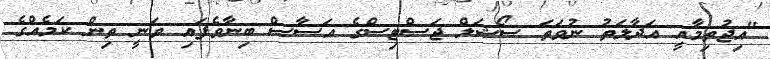
"އިޖުތިމާއީ އަދާލަތު ނުވަތަ ސޯޝަލް ޖަސްޓިސްގެ އަސާސް ބިނާވެފައި ވަނީ ތިން ކަމެއްގެ